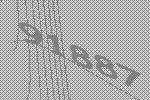
91887